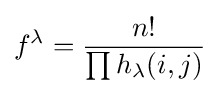
f^{\lambda }={\frac {n!}{\prod h_{\lambda }(i,j)}}